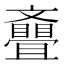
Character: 𣁪